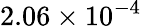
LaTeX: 2.06\times 10^{-4}